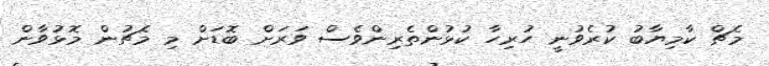
މެޗް ކާމިޔާބު ކުރެވުނީ ހުރިހާ ކުޅުންތެރިންވެސް ވަރަށް ބޮޑަށް މި މެޗުން މޮޅުވާން